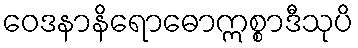
ဝေဒနာနိရောဓောဣစ္စာဒီသုပိ